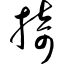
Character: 掎